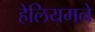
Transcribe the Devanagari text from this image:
हेलियमने